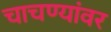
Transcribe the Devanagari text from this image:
चाचण्यांवर